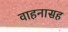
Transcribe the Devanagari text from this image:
वाहनासह